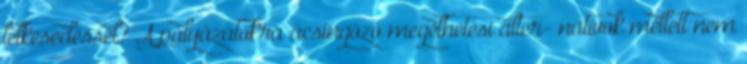
lelkesedéssel? A pályázatokra ácsingózó megélhetési alter- natívok mellett nem